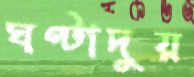
ঘণ্টাদুয়